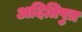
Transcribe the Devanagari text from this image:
अदितिपुत्र